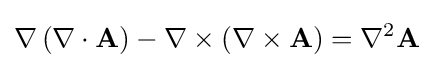
\nabla \left(\nabla \cdot \mathbf {A} \right)-\nabla \times \left(\nabla \times \mathbf {A} \right)=\nabla ^{2}\mathbf {A}